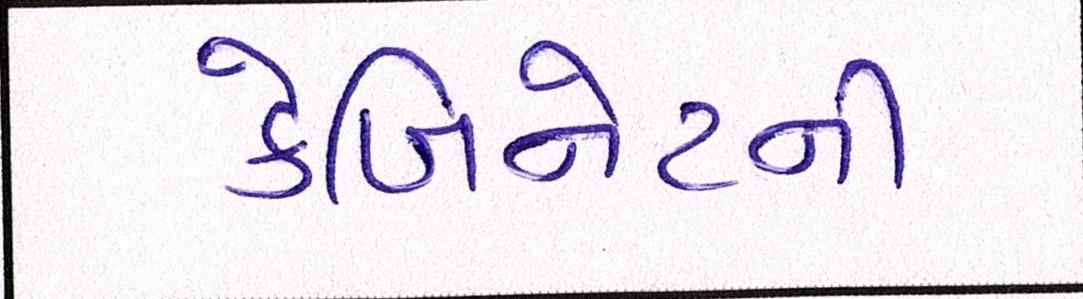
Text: કેબિનેટની